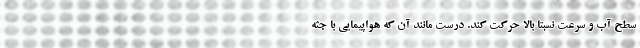
سطح آب و سرعت نسبتا بالا حرکت کند. درست مانند آن که هواپیمایی با جثه